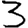
Digit: 3